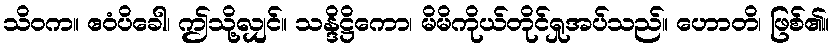
သိဝက။ ဧဝံပိခေါ၊ ဤသို့လျှင်။ သန္ဒိဋ္ဌိကော၊ မိမိကိုယ်တိုင်ရှုအပ်သည်။ ဟောတိ၊ ဖြစ်၏။